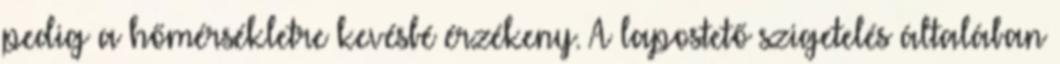
pedig a hőmérsékletre kevésbé érzékeny. A lapostető szigetelés általában